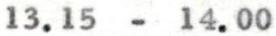
13.15 - 14.00